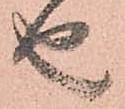
由